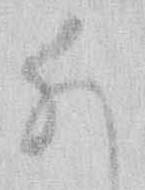
猶